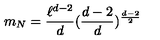
m _ { N } = \frac { \ell ^ { d - 2 } } { d } ( \frac { d - 2 } { d } ) ^ { \frac { d - 2 } { 2 } }